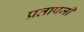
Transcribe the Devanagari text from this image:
प्रतापजी